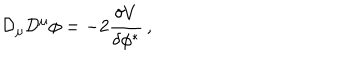
{ \cal D } _ { \mu } { \cal D } ^ { \mu } \phi = - 2 { \frac { \delta V } { \delta \phi ^ { * } } } \, ,